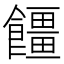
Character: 𮩓